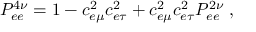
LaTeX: P _ { e e } ^ { 4 \nu } = 1 - c _ { e \mu } ^ { 2 } c _ { e \tau } ^ { 2 } + c _ { e \mu } ^ { 2 } c _ { e \tau } ^ { 2 } P _ { e e } ^ { 2 \nu } \; ,